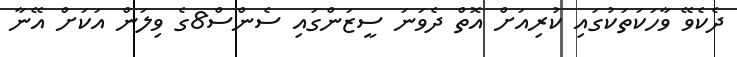
ދެކެވޭ ވާހަކަތަކުގައި ކުރިއަށް އޮތް ދެވަނަ ސީޒަންގައި ސެންސް8ގެ ވިލަން އަކަށް އޭނާ